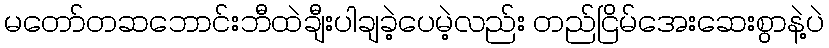
မတော်တဆဘောင်းဘီထဲချီးပါချခဲ့ပေမဲ့လည်း တည်ငြိမ်အေးဆေးစွာနဲ့ပဲ